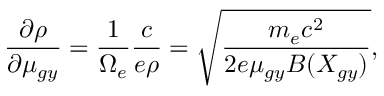
\frac { \partial \boldsymbol { \rho } } { \partial \mu _ { g y } } = \frac { 1 } { \Omega _ { e } } \frac { c } { e \rho } = \sqrt { \frac { m _ { e } c ^ { 2 } } { 2 e \mu _ { g y } B ( X _ { g y } ) } } ,